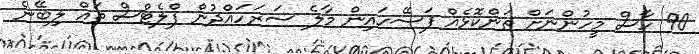
90 ހާސް މީހުންނަށް ތަންކޮޅެއް ފަސޭހައިން މާލެ ސަރަހައްދުން ފްލެޓްސް ތައް ލިބޭނެ